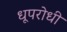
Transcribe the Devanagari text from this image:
धूपरोधी